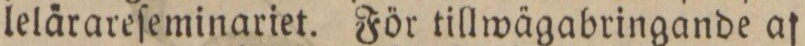
lelärareſeminariet. För tillwägabringande af